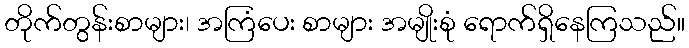
တိုက်တွန်းစာများ၊ အကြံပေး စာများ အမျိုးစုံ ရောက်ရှိနေကြသည်။